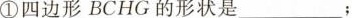
①四边形BCHG的形状是__________；